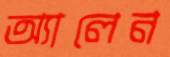
অ্যালেন